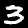
Digit: 3